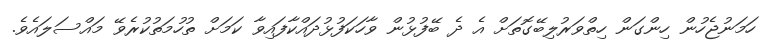
ހަމަނުޖެހުން ހިންގަން ހިތްވަރުލިބޭގޮތަށް އެ ދެ ބޭފުޅުން ވާހަކަފުޅުދައްކާފައިވާ ކަމަށް ތުހުމަތުކުރެވޭ މައްސަލައެވެ.